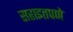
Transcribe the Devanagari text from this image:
सराइतपणे